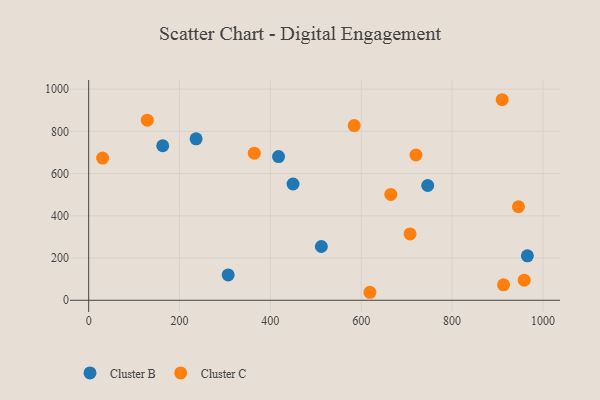
{"axis": {"x": "Study Hours", "y": "Fuel Efficiency"}, "legend": ["Cluster B", "Cluster C"], "data": [{"x": "418.0", "y": 680.8, "type": "Cluster B"}, {"x": "163.0", "y": 731.8, "type": "Cluster B"}, {"x": "307.1", "y": 120.0, "type": "Cluster B"}, {"x": "449.9", "y": 550.7, "type": "Cluster B"}, {"x": "236.5", "y": 764.6, "type": "Cluster B"}, {"x": "512.2", "y": 254.6, "type": "Cluster B"}, {"x": "965.8", "y": 210.7, "type": "Cluster B"}, {"x": "746.4", "y": 543.6, "type": "Cluster B"}, {"x": "946.1", "y": 443.0, "type": "Cluster C"}, {"x": "913.3", "y": 73.3, "type": "Cluster C"}, {"x": "619.1", "y": 37.9, "type": "Cluster C"}, {"x": "958.8", "y": 95.0, "type": "Cluster C"}, {"x": "364.6", "y": 696.8, "type": "Cluster C"}, {"x": "707.5", "y": 314.5, "type": "Cluster C"}, {"x": "720.5", "y": 688.1, "type": "Cluster C"}, {"x": "30.7", "y": 673.6, "type": "Cluster C"}, {"x": "910.3", "y": 949.9, "type": "Cluster C"}, {"x": "665.1", "y": 501.2, "type": "Cluster C"}, {"x": "129.1", "y": 853.1, "type": "Cluster C"}, {"x": "584.5", "y": 827.6, "type": "Cluster C"}]}